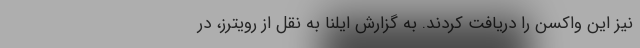
نیز این واکسن را دریافت کردند. به گزارش ایلنا به نقل از رویترز، در